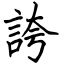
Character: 誇